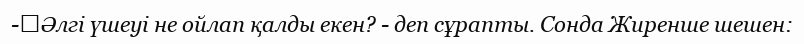
-	Әлгі үшеуі не ойлап қалды екен? - деп сұрапты. Сонда Жиренше шешен: